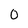
Character: o